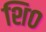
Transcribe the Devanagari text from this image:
शि०